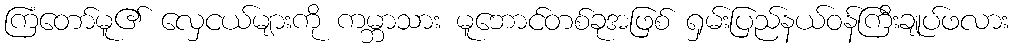
ကြံတော်မူ၏ လှေငယ်များကို ကမ္ဘာသား မူဘောင်တစ်ခုအဖြစ် ရှမ်းပြည်နယ်ဝန်ကြီးချုပ်ဖလား